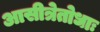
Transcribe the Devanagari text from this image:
आसीत्रेतोधाः